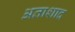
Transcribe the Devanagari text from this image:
अताशाद